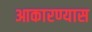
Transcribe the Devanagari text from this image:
आकारण्यास